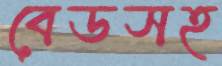
বেডসহ